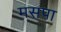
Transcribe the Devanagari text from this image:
मसपा